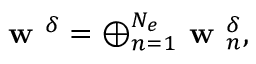
\textbf { w } ^ { \delta } = \oplus _ { n = 1 } ^ { N _ { e } } \textbf { w } _ { n } ^ { \delta } ,